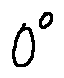
o ^ { o }